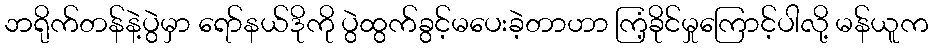
ဘရိုက်တန်နဲ့ပွဲမှာ ရော်နယ်ဒိုကို ပွဲထွက်ခွင့်မပေးခဲ့တာဟာ ကြံ့ခိုင်မှုကြောင့်ပါလို့ မန်ယူက